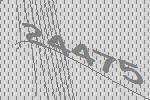
24475